Vaccination Hyderabad 1872-1889 - 1872-1889
Year: 1872
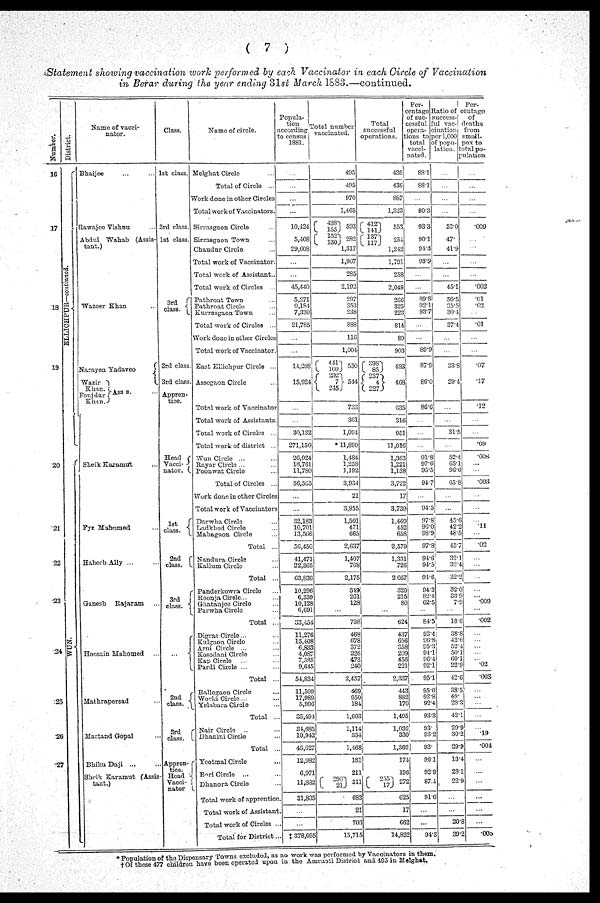
( 7 )
Statement showing vaccination work performed by each Vaccinator in each Circle of Vaccination
in Berar during the year ending 31st March 1883.—continued.
Number.
16
17
18
19
20
21
22
23
24
25
26
27
District.
ELLICHPUR—continued.
WUN.
Name of vacci-
nator.
Bhaijee ... ...
Rawajee Vishnu ...
Abdul Wahab (Assis-
tant.)
Wazeer Khan ...
Narayen Yadaveo
Wazir
Khan.
Fonjdar
Khan.
Ass s. ...
Sheik Karamut ...
Fyz Mahomed ...
Habeeb Ally ... ...
Ganesh Rajaram ...
Hoosain Mahomed ...
Mathrapersad ...
Martand Gopal ...
Bhiku Daji ...
Sheik Karamut (Assis-
tant.)
Class.
1st class.
3rd class.
1st class.
3rd
class.
3rd class.
3rd class.
Appron-
tice.
Head
Vacci-
nator.
1st
class.
2nd
class.
3rd
class.
...
2nd
class.
3rd
class.
Appren-
tice.
Head
Vacci-
nator
Name of circle.
Melghat Circle ...
Total of Circle ...
Work done in other Circles
Total work of Vaccinators.
Sirrasgaon Circle ...
Sirrasgaon Town ...
Chandur Circle ...
Total work of Vaccinator.
Total work of Assistant..
Total work of Circles ...
Pathroat Town ...
Pathroat Circle ...
Kurrasgaon Town ...
Total work of Circles ...
Work done in other Circles
Total work of Vaccinator.
East Ellichpur Circle ...
Assogaon Circle ...
Total work of Vaccinator
Total work of Assistants.
Total work of Circles ...
Total work of district ...
Wun Circle ... ...
Rayar Circle ... ...
Poonwat Circle ...
Total of Circles ...
Work done in other Circles
Total work of Vaccinators
Darwha Circle ...
Ladkhed Circle ...
Mahagaon Circle ...
Total ...
Nandura Circle ...
Kallum Circle ...
Total ...
Panderkowra Circle ...
Roonja Circle...
Ghatanjee Circle ...
Parwha Circle ...
Total ...
Digras Circle ... ...
Kulgaon Circle ... ...
Arni Circle ... ...
Kosodani Circle ...
Kap Circle ... ...
Pardi Circle ... ...
Total ...
Rallegaon Circle ...
Worki Circle... ...
Yelabara Circle ...
Total ...
Nair Circle ... ...
Dhanini Circle ...
Total ...
Yeotmal Circle ...
Bori Circle ... ...
Dhanora Circle ...
Total work of apprentice.
Total work of Assistant.
Total work of Circles ...
Total for District...
Popula-
tion
according
to census
1881.
...
...
...
...
10,424
5,408
29,608
...
...
45,440
5,271
9,184
7,330
21,785
...
...
14,208
15,924
...
...
30,132
271,150
26,024
18,761
11,780
56,565
...
...
32,183
10,701
13,566
56,450
41,471
22,365
63,836
10,296
6,339
10,128
6,691
33,454
11,276
15,408
6,833
4,087
7,585
9,645
54,834
11,509
17,989
5,996
35,494
34,685
10,942
45,627
12,982
6,971
11,882
31,835
...
...
‡ 378,095
Total number
vaccinated.
495
495
970
1,465
438
155
152
130
593
282
1,317
1,907
285
2,192
297
353
238
888
116
1,004
441
109
292
7 245
550
544
733
361
1,094
*11,899
1,484
1,258
1,192
3,934
21
3,955
1,501
471
665
2,637
1,407
768
2,175
349
261
128
...
738
468
678
372
226
473
240
2,457
469
950
184
1,603
1,114
354
1,468
181
211
290
2l
311
682
21
703
15,715
Total
successful
operations.
436
436
887
1,323
412
141
137
117
553
254
1,242
1,791
258
2,049
266
325
223
814
89
903
398
85
237
4
227
483
468
635
316
951
11,016
1,363
1,221
1,138
3,722
17
3,739
1,469
452
658
2,579
1,331
726
2,057
329
215
80
...
624
437
656
358
209
456
221
2,337
443
882
170
1,495
1,036
330
1,366
174
196
255
17
272
625
17
662
14,822
Per-
centage
of suc-
cessful
opera-
tions to
total
vacci-
nated.
88.1
88.1
...
90.3
93.3
90.1
94.3
93.9
...
...
89.8
92.1
93.7
...
...
89.9
87.9
86.0
86.6
...
...
...
91.8
97.6
95.5
94.7
...
94.5
97.8
96.0
98.9
97.8
94.6
94.5
94.6
94.3
82.4
62.5
...
84.5
93.4
96.8
95.3
94.1
96.4
92.1
95.1
95.0
92.8
92.4
93.3
93.
93.2
93.
96.1
92.9
87.4
91.6
...
...
94.3
Ratio of
success-
ful vac-
cination
per 1,000
of popu-
lation.
...
...
...
...
53.0
47.
41.9
...
...
45.1
50.5
35.5
30.4
374
...
...
33.8
29.4
...
...
31.5
...
52.4
65.1
96.6
65.8
...
...
45.6
42.2
48.5
45.7
32.1
32.4
32.
32.0
33.9
7.9
...
18.6
38.8
42.6
52.4
50.1
60.1
22.9
42.6
38.5
49.
28.3
42.1
29.9
30.2
29.9
13.4
28.1
22.9
...
...
20.8
39.2
Per-
centage
of
deaths
from
small-
pox to
total po-
pulation
...
...
...
...
.009
...
...
...
...
.002
.01
.02
...
.01
...
...
.07
.17
.12
...
...
.09
.008
...
...
.003
...
...
...
.11
...
.02
...
...
...
...
...
.009
...
.002
...
...
...
...
...
.02
.003
...
...
...
...
...
.19
.004
...
...
...
...
...
...
.005
*Population of the Dispensary Towns excluded, as no work was performed by Vaccinators in them.
† Of these 477 children have been operated upon in the Amraoti District and 495 in Melghat.